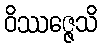
ဝိဿဇ္ဇေသိ